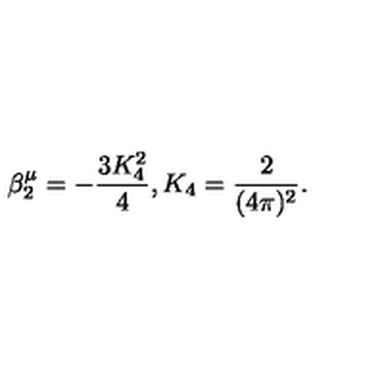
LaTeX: \beta _ { 2 } ^ { \mu } = - \frac { 3 K _ { 4 } ^ { 2 } } { 4 } , K _ { 4 } = \frac { 2 } { ( 4 \pi ) ^ { 2 } } .